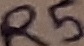
Text: R5